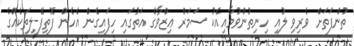
ތުންފަތަށް ވެރިވި ލުއި ހިނިތުންވުމާއިއެކު ސަމަރް ޢިޒްވާގެ އަތުގައި ހިފައިގެން އެހެން ފޮތިފޭލިތަކެއްގެ